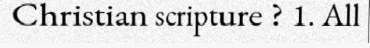
Christian scripture ? 1. All